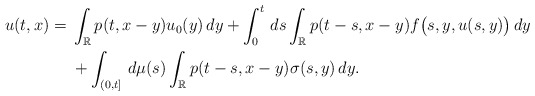
\begin{align*}u(t, x)={}&\int_{\mathbb R}{p}(t, x-y)u_0(y)\,dy+\int_0^t\,ds \int_{\mathbb R}{p}(t-s, x-y)f \bigl(s, y, u(s, y) \bigr)\,dy\\&{}+\int_{(0,t]} \,d\mu(s) \int_{\mathbb R} {p}(t-s, x-y)\sigma(s, y)\,dy .\end{align*}